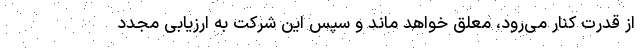
از قدرت کنار می‌رود، معلق خواهد ماند و سپس این شرکت به ارزیابی مجدد